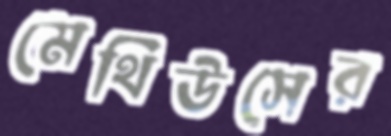
মেথিউসের